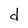
Character: d